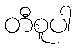
တီစူပါ